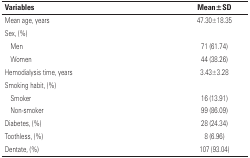
| Variables | Mean±SD |
 | --- | --- |
 | Mean age, years | 47.30±18.35 |
 | <COLSPAN=2> Sex, (%) |
 | Men | 71 (61.74) |
 | Women | 44 (38.26) |
 | Hemodialysis time, years | 3.43±3.28 |
 | <COLSPAN=2> Smoking habit, (%) |
 | Smoker | 16 (13.91) |
 | Non-smoker | 99 (86.09) |
 | Diabetes, (%) | 28 (24.34) |
 | Toothless, (%) | 8 (6.96) |
 | Dentate, (%) | 107 (93.04) |